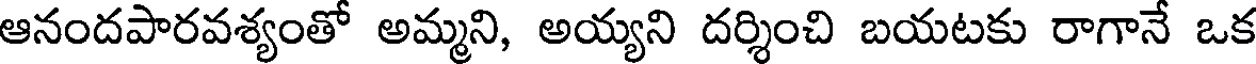
ఆనందపారవశ్యంతో అమ్మని, అయ్యని దర్శించి బయటకు రాగానే ఒక